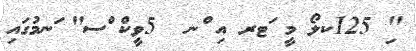
"ި 125ކލޯ މީ ަޓރ އި ްނ  5ވީކް ްސ" ަނމުގައި